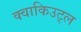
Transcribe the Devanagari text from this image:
क्वाकिउट्ल